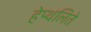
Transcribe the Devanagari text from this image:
हेप्थलिते